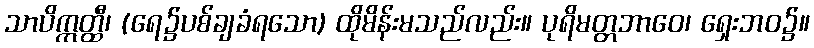
သာပိဣတ္ထီ၊ (ရေ၌ပစ်ချခံရသော) ထိုမိန်းမသည်လည်း။ ပုရိမတ္တဘာဝေ၊ ရှေးဘဝ၌။